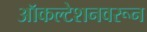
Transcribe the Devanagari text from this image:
ऑकल्टेशनवरून